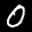
Label: 0